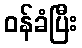
ဝန်ခံပြီး